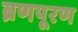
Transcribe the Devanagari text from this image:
ब्रणपूरण